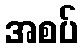
အစပ်